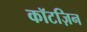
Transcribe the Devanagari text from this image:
कॉटज़िन